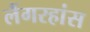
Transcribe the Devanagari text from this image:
लैंगरहांस